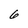
Character: 6